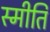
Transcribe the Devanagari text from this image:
स्मीति